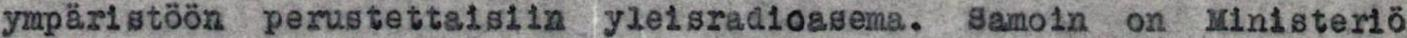
ympäristöön perustettaisiin yleisradioasema. Samoin on Ministeriö